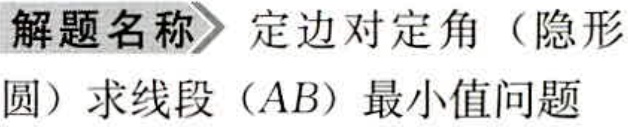
解题名称 定边对定角（隐形

圆）求线段（AB）最小值问题